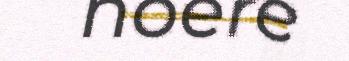
noere